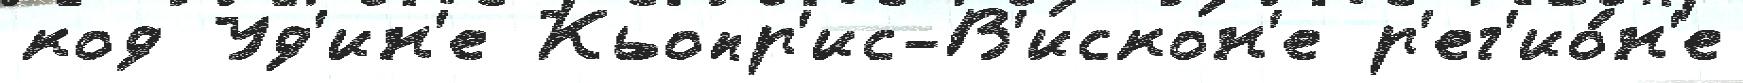
код Уд'ин'е Кьопр'ис-В'искон'е р'ег'ио́н'е